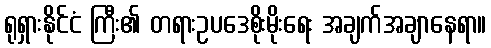
ရုရှားနိုင်ငံ ကြီး၏ တရားဥပဒေစိုးမိုးရေး အချက်အချာနေရာ။